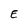
Character: E